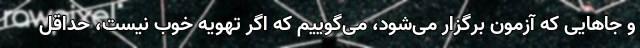
و جاهایی که آزمون برگزار می‌شود، می‌گوییم که اگر تهویه خوب نیست، حداقل